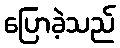
ပြောခဲ့သည်